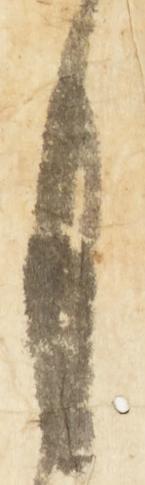
月